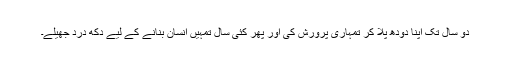
دو سال تک اپنا دودھ پلا کر تمہاری پرورش کی اور پھر کئی سال تمہیں انسان بنانے کے لیے دکھ درد جھیلے۔